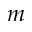
m